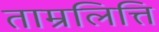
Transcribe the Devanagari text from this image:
ताम्रलित्ति